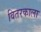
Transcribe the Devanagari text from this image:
वितरकाला